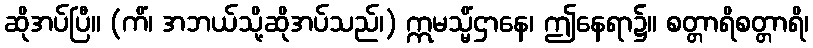
ဆိုအပ်ပြီ။ (ကိံ၊ အဘယ်သို့ဆိုအပ်သည်၊) ဣမသ္မိံဌာနေ၊ ဤနေရာ၌။ စတ္တာရိစတ္တာရိ၊